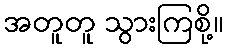
အတူတူ သွားကြစို့။